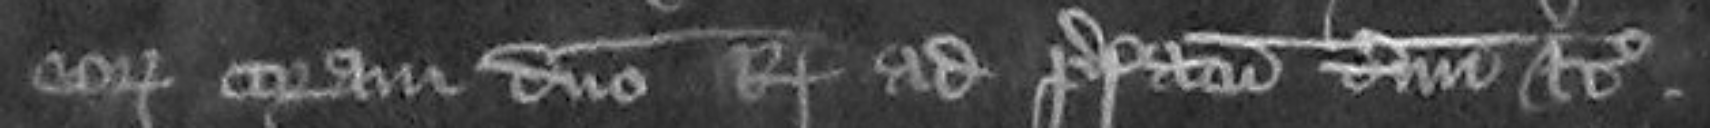
eorum coram domino Rege ad prefatum terminum etc